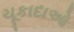
ચૂકાદાઓ